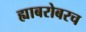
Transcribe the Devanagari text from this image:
ह्याबरोबरच